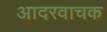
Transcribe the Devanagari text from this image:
आदरवाचक